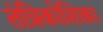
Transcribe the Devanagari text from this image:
तंत्रिकोशिका